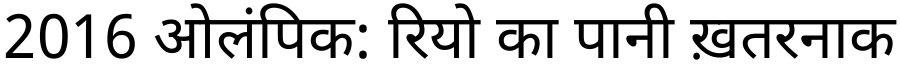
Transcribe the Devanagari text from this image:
2016 ओलंपिक: रियो का पानी ख़तरनाक